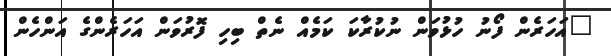
"އަހަރެން ފޯނު ހުޅުވަން ނުކުރާކަ ކަމެއް ނެތް ބިހި ފޮރުވަންް އަހަރެންގެ އަންހެން